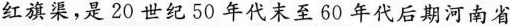
红旗渠，是20世纪50年代末至60年代后期河南省